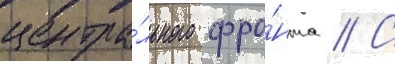
центра́льного фро́нта // С